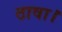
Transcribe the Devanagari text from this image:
ठावा।